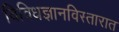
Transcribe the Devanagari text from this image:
विविधज्ञानविस्तारात